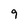
Character: 9